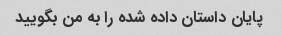
پایان داستان داده شده را به من بگویید